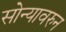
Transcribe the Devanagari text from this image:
सोन्यावरुन